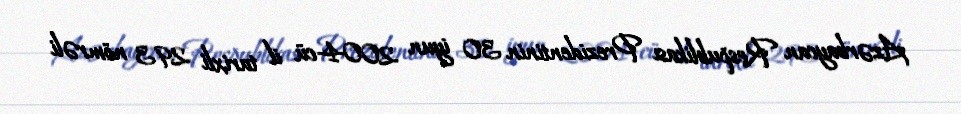
Azərbaycan Respublikası Prezidentinin 30 iyun 2004-cü il tarixli 293 nömrəli